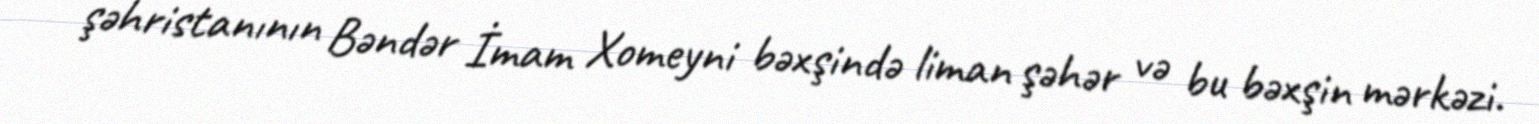
şəhristanının Bəndər İmam Xomeyni bəxşində liman şəhər və bu bəxşin mərkəzi.